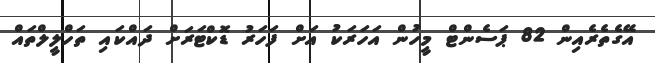
އޭގެތެރެއިން 82 ޕަސެންޓް މީހުން އަަހަރަކު އަށް ފަހަރު ޑޮކްޓަރަށް ދައްކައި ތަހްލީލްތައް